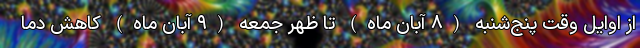
از اوایل وقت پنج‌شنبه (۸ آبان ماه) تا ظهر جمعه (۹ آبان ماه) کاهش دما